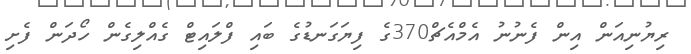
ރިޔުނިއަން އިން ފެނުނު އެމްއެޗް370ގެ ފިޔަގަނޑުގެ ބައި ފްލައިޓް ގެއްލިގެން ހޯދަން ފެށި